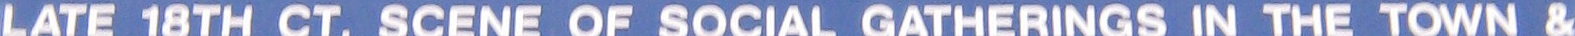
LATE 18TH CT. SCENE OF SOCIAL GATHERINGS IN THE TOWN &